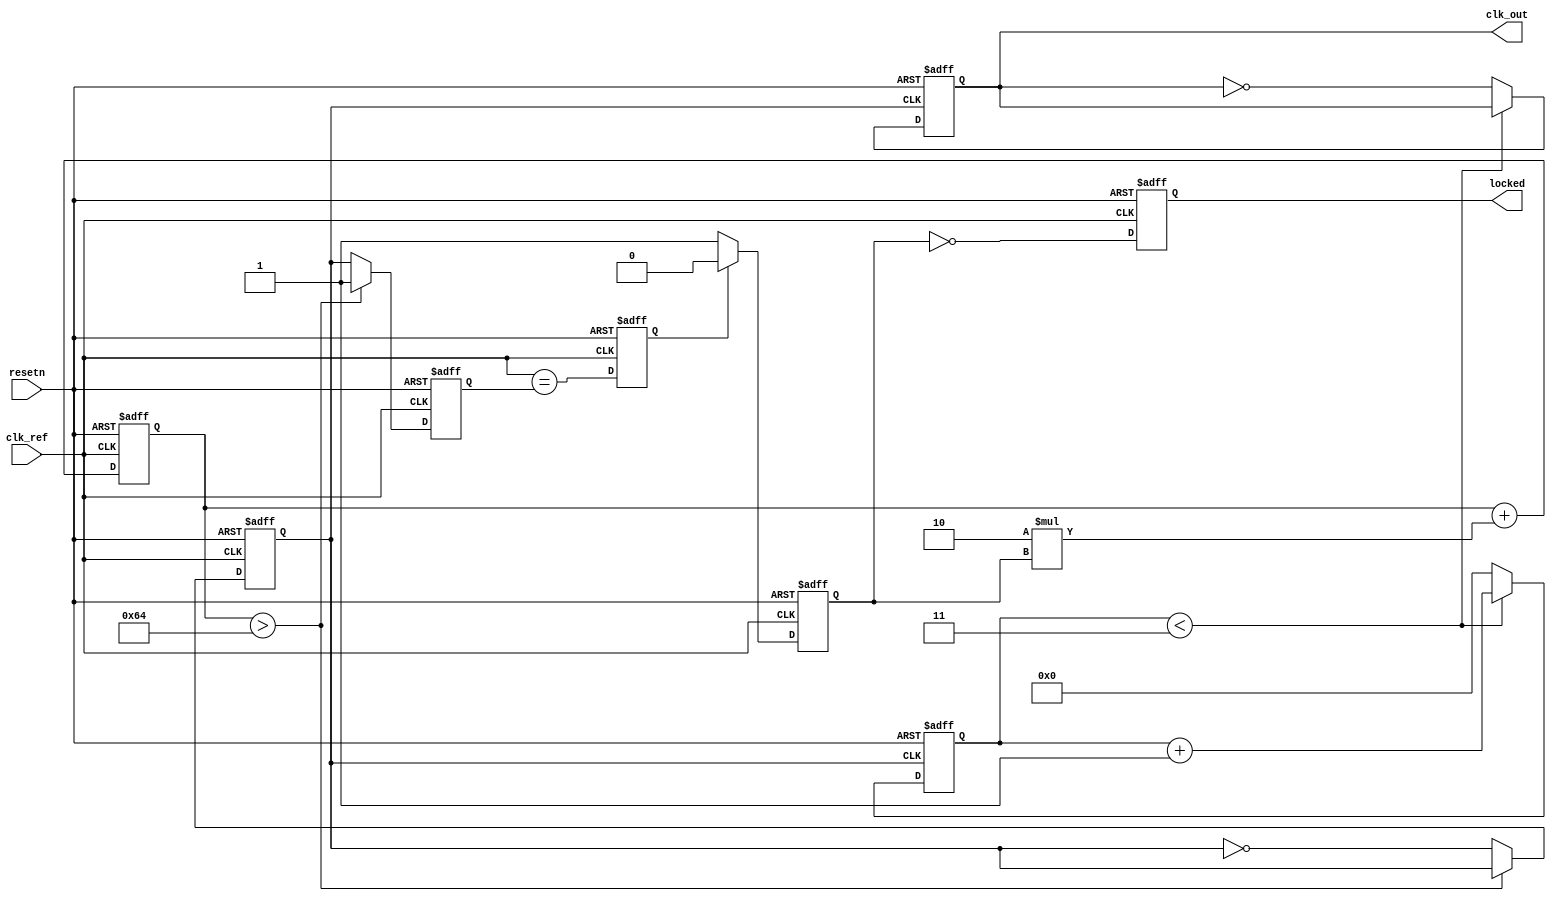
module low_jitter_pll (
    input wire clk_ref,       // Reference clock input
    input wire resetn,       // Active low reset
    output wire clk_out,      // Output clock signal
    output wire locked        // Lock indicator
);

    // Parameter Definitions
    parameter N = 4;          // Frequency division ratio
    parameter LF_GAIN = 2;    // Loop filter gain
    parameter VCO_MAX_FREQ = 100; // Maximum VCO frequency (arbitrary units)
    
    // Internal signals
    reg [N-1:0] count;       // Frequency divider counter
    reg vco_out;             // VCO output
    reg [7:0] control_voltage; // Control voltage from loop filter
    wire error_signal;       // Error signal from phase detector
    wire phase_detected;     // Phase detected signal
    reg clk_vco;             // VCO clock signal
    reg locked_reg;          // Lock status register

    // Phase Detector
    always @(posedge clk_ref or negedge resetn) begin
        if (!resetn) begin
            error_signal <= 0;
            phase_detected <= 0;
        end else begin
            // Simple example: phase comparison logic
            phase_detected <= (clk_ref == vco_out);
            // Generate error signal based on phase detection
            error_signal <= phase_detected ? 1'b0 : 1'b1;
        end
    end

    // Loop Filter - First-order simple filter for demonstration
    always @(posedge clk_ref or negedge resetn) begin
        if (!resetn) begin
            control_voltage <= 8'b0;
        end else begin
            control_voltage <= control_voltage + (LF_GAIN * error_signal);
        end
    end

    // Voltage-Controlled Oscillator (VCO)
    always @(posedge clk_ref or negedge resetn) begin
        if (!resetn) begin
            vco_out <= 0;
            clk_vco <= 0;
            locked_reg <= 0;
        end else begin
            // VCO output frequency tuned by control voltage
            if (control_voltage > VCO_MAX_FREQ) begin
                // Cap VCO output to max frequency
                vco_out <= 1;
            end else begin
                // Simple toggle for VCO frequency (not realistic)
                clk_vco <= ~clk_vco; 
                vco_out <= clk_vco;
            end
            
            // Check if phase is locked (pseudocode)
            locked_reg <= (error_signal == 1'b0);
        end
    end

    // Frequency Divider
    always @(posedge clk_vco or negedge resetn) begin
        if (!resetn) begin
            count <= 0;
            clk_out <= 0;
        end else begin
            if(count < N-1) begin
                count <= count + 1;
            end else begin
                count <= 0;
                clk_out <= ~clk_out; // Toggle output clock signal
            end
        end
    end

    // Lock indicator output
    assign locked = locked_reg;

endmodule